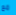
مع